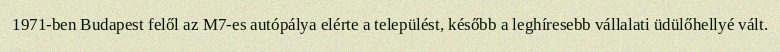
1971-ben Budapest felől az M7-es autópálya elérte a települést, később a leghíresebb vállalati üdülőhellyé vált.